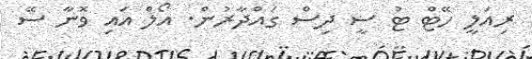
ރިއަލީ ހޭޓް ޓު ސީ ދިސް ގައްދާރުން. އޯލް އައި ވޮނާ ސޭ